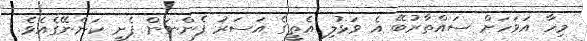
މިހާ އަވަހަށް ސައްތާރުބޭ އެ ވަޅުލި އެތީގެ އަސަރު ފެންނަން ފެށީ ކަންނޭގެއެވެ.